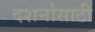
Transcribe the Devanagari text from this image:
दशर्नासाठी